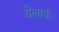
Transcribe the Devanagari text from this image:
बेलार्क